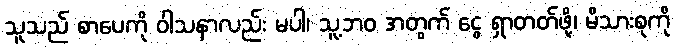
သူသည် စာပေကို ဝါသနာလည်း မပါ၊ သူ့ဘဝ အတွက် ငွေ ရှာတတ်ဖို့၊ မိသားစုကို